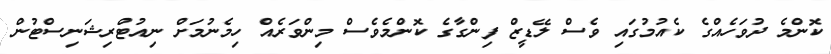
ކޮންމެ ދުވަހެއްގެ ކެއުމުގައި ވެސް ލޭޑީޒް ފިންގާގެ ކޮންމެވެސް މިންވަރެއް ހިމެނުމަށް ނިއުޓްރިޝަނިސްޓުން